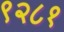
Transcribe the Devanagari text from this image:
९२८१